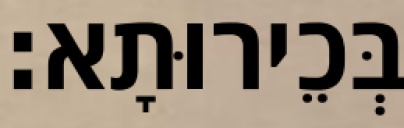
בְּכֵירוּתָא׃